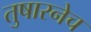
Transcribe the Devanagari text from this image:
तुषारनेच